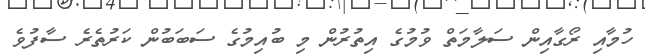
ހުމާއި ރޯގާއިން ސަލާމަތް ވުމުގެ އިތުރުން މި ބުއިމުގެ ސަބަބުން ކަރުތެރެ ސާފުވެ